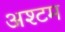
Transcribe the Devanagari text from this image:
अश्टम